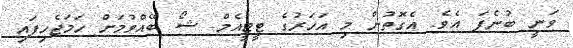
ވަނީ ބުނެފަ އެވެ. އެގޮތުން މި އަހަރުގެ ޓީޓީއެމް ޝޯ ބޭއްވުމަށް ހަމަޖެހިފައި